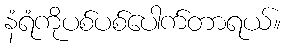
နံရံကိုပစ်ပစ်ပေါက်တာရယ်။